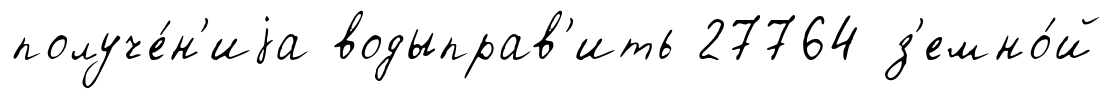
получе́н'иjа водыправ'ить 27764 з'емно́й